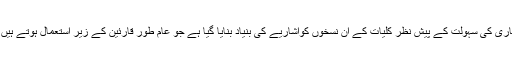
اس اشاریے کو مرتب کرتے وقت قاری کی سہولت کے پیش نظر کلیات کے ان نسخوں کواشاریے کی بنیاد بنایا گیا ہے جو عام طور قارئین کے زیر استعمال ہوتے ہیں اور ان کا متن بھی قابل اعتماد ہے ۔